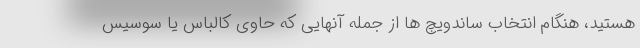
هستید، هنگام انتخاب ساندویچ ها از جمله آنهایی که حاوی کالباس یا سوسیس